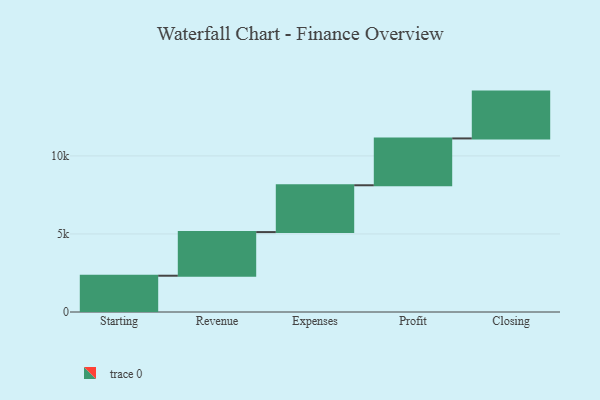
{"axis": {"x": "Step", "y": "Value"}, "legend": [""], "data": [{"x": "Starting", "y": 2324.0, "type": ""}, {"x": "Revenue", "y": 2795.0, "type": ""}, {"x": "Expenses", "y": 3000, "type": ""}, {"x": "Profit", "y": 3000, "type": ""}, {"x": "Closing", "y": 3000, "type": ""}]}